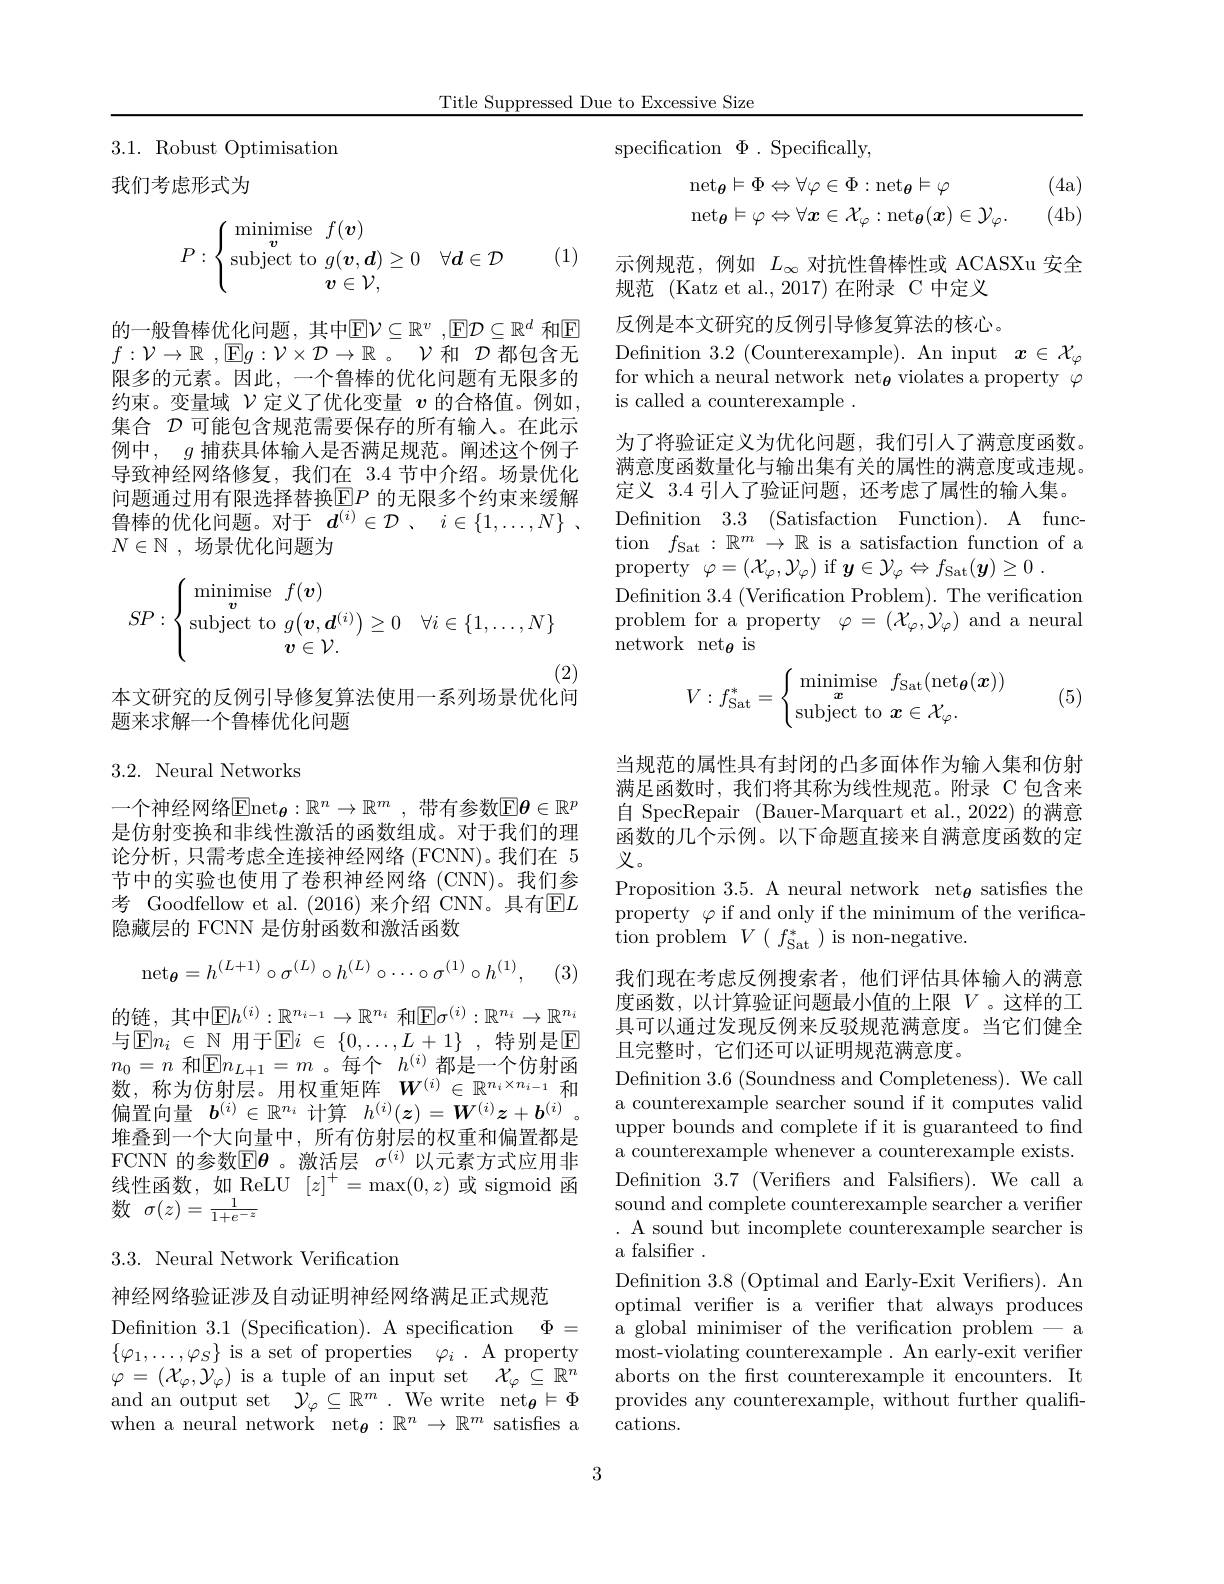
Title Suppressed Due to Excessive Size

$3.1.{\mathrm{Robust~Optimisation}}$

我们考虑形式为
$$P:\left\{\begin{matrix}\underset{\boldsymbol{v}}{\operatorname*{minimise}}&f(\boldsymbol{v})\\\text{subject to}&g(\boldsymbol{v},\boldsymbol{d})\geq0&\forall\boldsymbol{d}\in\mathcal{D}\\&\boldsymbol{v}\in\mathcal{V},\end{matrix}\right.$$
(1)

的 一 般 鲁 棒 优 化 问 题 , 其 中 国 $\mathcal{V} \subseteq \mathbb{R} ^v, \overline {\mathcal{F} }\mathcal{D} \subseteq \mathbb{R} ^d$ 和 $\mathbb{F}$ $f: \mathcal{V} \setminus \mathcal{P} \setminus \mathcal{E} _a: \mathcal{V} \times \mathcal{P} \setminus \mathcal{P} \setminus \mathcal{T}$ 都 向 会 于$f: \mathcal{V} \to \mathbb{R}$ , $\mathbb{E} g: \mathcal{V} \times \mathcal{D} \to \mathbb{R}$。$\mathcal{V}$和$\mathcal{D}$都包含无限多的元素。因此，一个鲁棒的优化问题有无限多的约束。变量域$\mathcal{V}$定义了优化变量$v$的合格值。例如， 集合$\mathcal{D}$可能包含规范需要保存的所有输入。在此示例中，$g$捕获具体输入是否满足规范。阐述这个例子导致神经网络修复，我们在 3.4 节中介绍。场景优化问题通过用有限选择替换$\operatorname{E}P$ 的无限多个约束来缓解鲁棒的优化问题。对于$d^{( i) }\in \mathcal{D}$ , $i\in \{ 1, \ldots , N\}$ . $N\in\mathbb{N}$ ,场景优化问题为
$$\left.SP:\left\{\begin{array}{cc}\underset{\boldsymbol{v}}{\operatorname*{minimise}}&f(\boldsymbol{v})\\\text{subject to}&g(\boldsymbol{v},\boldsymbol{d}^{(i)})\geq0&\forall i\in\{1,\ldots,N\}\\\boldsymbol{v}\in\mathcal{V}.\end{array}\right.\right.$$
(2)

本文研究的反例引导修复算法使用一系列场景优化问
题来求解一个鲁棒优化问题

3.2. Neural Networks

一个神经网络$\mathrm{Enet}_{\boldsymbol{\theta}}:\mathbb{R}^n\to\mathbb{R}^m$ ,带有参数E$\boldsymbol\theta \in \mathbb{R} ^p$ 是仿射变换和非线性激活的函数组成。对于我们的理论分析，只需考虑全连接神经网络 (FCNN)。我们在 5节中的实验也使用了卷积神经网络(CNN)。我们参考 Goodfellow et al.(2016)来介绍 CNN。具有$\overline{\mathrm{E}}L$ 隐藏层的 FCNN 是仿射函数和激活函数
$$\mathrm n\mathrm e\mathrm t_{\boldsymbol\theta}=h^{(L+1)}\circ\sigma^{(L)}\circ h^{(L)}\circ\cdots\circ\sigma^{(1)}\circ h^{(1)},$$
(3)
$$\underline{\text{链,其中国}}h^{(i)}:\underline{\mathbb{R}}^{n_{i-1}}\to\mathbb{R}^{n_{i}}\:\underline{\text{和F}}\sigma^{(i)}:\mathbb{R}^{n_{i}}\to $$
与$\boxed{\mathrm{E} }n_i\in \mathbb{N}$ 用于$\mathbb{E}i\in\{0,\ldots,L+1\}$,特别是$\mathbb{E}$ $n_0=n$ 和$\boxed{\mathrm{E}}n_L+1=m$。每个$h^(i)$都是一个仿射函数，称为仿射层。用权重矩阵$W^(i)\in\mathbb{R}^{n_i\times n_{i-1}}$和偏置向量 $b^( i) \in \mathbb{R} ^{n_i}$计算 $h^( i) ( \boldsymbol{z}) = \boldsymbol{W}^{( i) }\boldsymbol{z}+ \boldsymbol{b}^{( i) }$ 堆叠到一个大向量中，所有仿射层的权重和偏置都是FCNN 的参数$\mathbb{E}\boldsymbol{\theta}$。激活层 $\sigma^{(i)}$ 以元素方式应用非线性函数，如ReLU$[z]^+=\max(0,z)$或 sigmoid 函数$\sigma(z)=\frac1{1+e^{-z}}$

## 3.3. Neural Network Verification

神经网络验证涉及自动证明神经网络满足正式规范
Defnition 3.1 (Specification).A specification $\Phi =$ $\{\varphi_1,\ldots,\varphi_S\}$ is a set of properties $\varphi _i.$A property $\varphi=(\mathcal{X}_\varphi,\mathcal{Y}_\varphi)$ is a tuple of an input set $\mathcal{X} _\varphi \subseteq \mathbb{R} ^n$ and an output set $\dot{\mathcal{Y} } _{\varphi }\subseteq \mathbb{R} ^{m}$ . We write $\mathrm{net}_{\theta }\models \Phi$ when a neural network net$_{\boldsymbol{\theta}}:\mathbb{R}^n\to\mathbb{R}^m$ satisfies a

specification$\Phi.$Specifically,
$$\begin{aligned}&\mathrm{net}_{\boldsymbol{\theta}}\vDash\Phi\Leftrightarrow\forall\varphi\in\Phi:\mathrm{net}_{\boldsymbol{\theta}}\vDash\varphi\\&\mathrm{net}_{\boldsymbol{\theta}}\vDash\varphi\Leftrightarrow\forall\boldsymbol{x}\in\mathcal{X}_{\varphi}:\mathrm{net}_{\boldsymbol{\theta}}(\boldsymbol{x})\in\mathcal{Y}_{\varphi}.\end{aligned}$$
(4a) (4b)

示例规范，例如$L_{\infty}$对抗性鲁棒性或 ACASXu 安全
规范 (Katz et al.,2017)在附录 C 中定义反例是本文研究的反例引导修复算法的核心。Defnition $3. 2\allowbreak ( {\mathrm{mod}} $Counterexample). An input$x\in\mathcal{X}_\varphi$ for which a neural network net$_{\theta}$ violates a property $\varphi$ is called a counterexample .
为了将验证定义为优化问题，我们引人了满意度函数。满意度函数量化与输出集有关的属性的满意度或违规。定义 3.4 引人了验证问题，还考虑了属性的输入集。Defnition 3.3 (Satisfaction Function).A function $f_\text{Sat}: \mathbb{R} ^m\to \mathbb{R}$ is a satisfaction function of a property $\varphi=(\mathcal{X}_\varphi,\mathcal{Y}_\varphi)$ if $\boldsymbol{y}\in \mathcal{Y} _\varphi \Leftrightarrow f_{\mathrm{Sat}}( \boldsymbol{y}) \geq 0$ .
Definition 3.4 (Verification Problem). The verification problem for a property $\varphi=(\mathcal{X}_\varphi,\mathcal{Y}_\varphi)$ and a neural network net$_{\boldsymbol{\theta}}$ is
$$V:f_{\mathrm{Sat}}^{*}=\left\{\begin{matrix}\min\text{mise}&f_{\mathrm{Sat}}(\text{net}_{\boldsymbol{\theta}}(\boldsymbol{x}))\\\text{subject to}&\boldsymbol{x}\in\mathcal{X}_{\varphi}.\end{matrix}\right.$$
(5)

当规范的属性具有封闭的凸多面体作为输入集和仿射满足函数时，我们将其称为线性规范。附录 C 包含来自 SpecRepair (Bauer-Marquart et al.,2022) 的满意函数的几个示例。以下命题直接来自满意度函数的定义。
Proposition 3.5. A neural network net$_{\boldsymbol{\theta}}$ satisfies the property $\varphi$ if and only if the minimum of the verifica- $\operatorname{tion}$problem$V(f_{\mathrm{Sat}}^{*})$is non-negative.

我们现在考虑反例搜索者，他们评估具体输入的满意度函数，以计算验证问题最小值的上限$V$ 。这样的工具可以通过发现反例来反驳规范满意度。当它们健全且完整时，它们还可以证明规范满意度。
Defnition 3.6 (Soundness and Completeness). We call a counterexample searcher sound if it computes valid upper bounds and complete if it is guaranteed to find a counterexample whenever a counterexample exists. Defnition 3.7 (Verifers and Falsiffers).We call a sound and complete counterexample searcher a verifier . A sound but incomplete counterexample searcher is a falsifer .
Definition 3.8 (Optimal and Early-Exit Verifiers). An optimal verifer is a verifer that always produces a global minimiser of the verification problem - a most-violating counterexample. An early-exit verifier aborts on the frst counterexample it encounters. It provides any counterexample, without further qualifications.

3